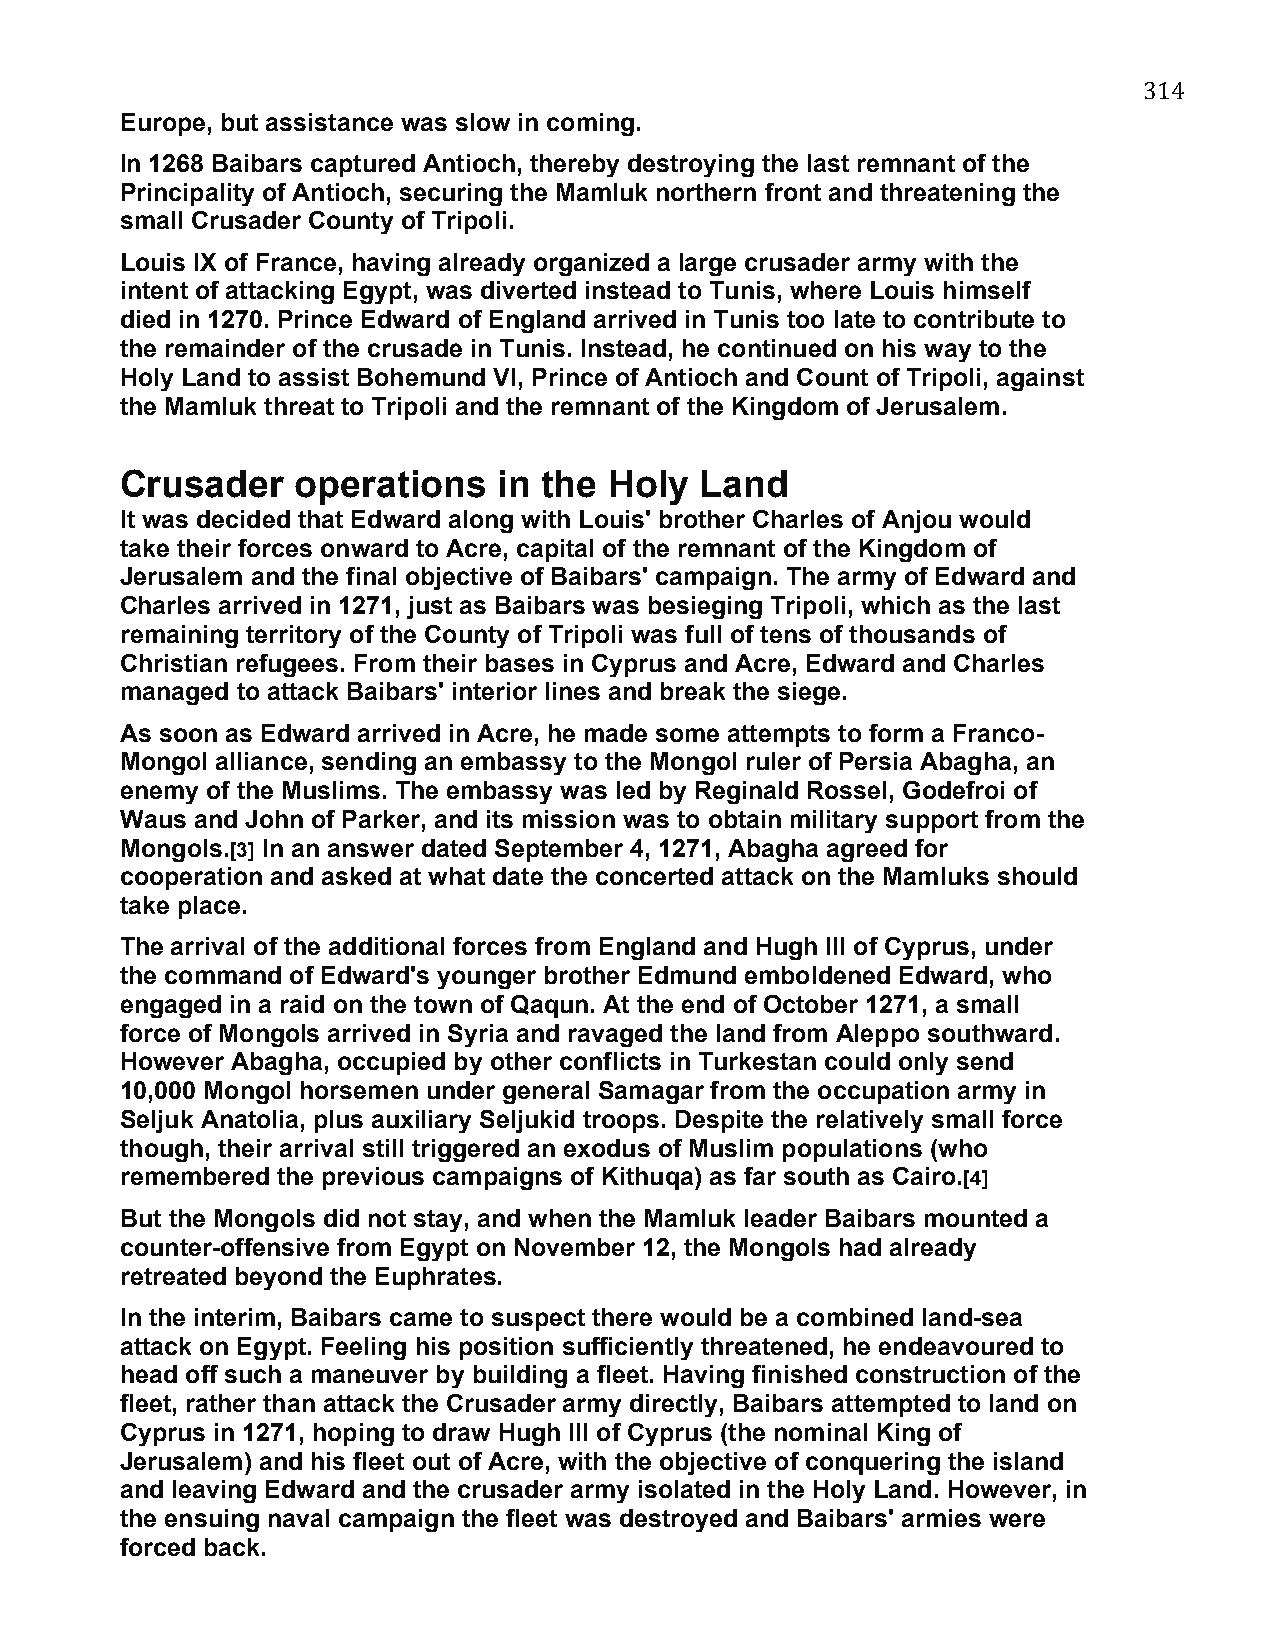
314
 Europe, but assistance was slow in coming.
 In 1268 Baibars captured Antioch, thereby destroying the last remnant of the
 Principality of Antioch, securing the Mamluk northern front and threatening the
 small Crusader County of Tripoli.
 Louis IX of France, having already organized a large crusader army with the
 intent of attacking Egypt, was diverted instead to Tunis, where Louis himself
 died in 1270. Prince Edward of England arrived in Tunis too late to contribute to
 the remainder of the crusade in Tunis. Instead, he continued on his way to the
 Holy Land to assist Bohemund VI, Prince of Antioch and Count of Tripoli, against
 the Mamluk threat to Tripoli and the remnant of the Kingdom of Jerusalem.
 Crusader    operations   in the Holy  Land
 It was decided that Edward along with Louis' brother Charles of Anjou would
 take their forces onward to Acre, capital of the remnant of the Kingdom of
 Jerusalem and the final objective of Baibars' campaign. The army of Edward and
 Charles arrived in 1271, just as Baibars was besieging Tripoli, which as the last
 remaining territory of the County of Tripoli was full of tens of thousands of
 Christian refugees. From their bases in Cyprus and Acre, Edward and Charles
 managed to attack Baibars' interior lines and break the siege.
 As soon as Edward arrived in Acre, he made some attempts to form a Franco-
 Mongol alliance, sending an embassy to the Mongol ruler of Persia Abagha, an
 enemy of the Muslims. The embassy was led by Reginald Rossel, Godefroi of
 Waus and John of Parker, and its mission was to obtain military support from the
 Mongols.[3] In an answer dated September 4, 1271, Abagha agreed for
 cooperation and asked at what date the concerted attack on the Mamluks should
 take place.
 The arrival of the additional forces from England and Hugh III of Cyprus, under
 the command of Edward's younger brother Edmund emboldened Edward, who
 engaged in a raid on the town of Qaqun. At the end of October 1271, a small
 force of Mongols arrived in Syria and ravaged the land from Aleppo southward.
 However Abagha, occupied by other conflicts in Turkestan could only send
 10,000 Mongol horsemen under general Samagar from the occupation army in
 Seljuk Anatolia, plus auxiliary Seljukid troops. Despite the relatively small force
 though, their arrival still triggered an exodus of Muslim populations (who
 remembered the previous campaigns of Kithuqa) as far south as Cairo.[4]
 But the Mongols did not stay, and when the Mamluk leader Baibars mounted a
 counter-offensive from Egypt on November 12, the Mongols had already
 retreated beyond the Euphrates.
 In the interim, Baibars came to suspect there would be a combined land-sea
 attack on Egypt. Feeling his position sufficiently threatened, he endeavoured to
 head off such a maneuver by building a fleet. Having finished construction of the
 fleet, rather than attack the Crusader army directly, Baibars attempted to land on
 Cyprus in 1271, hoping to draw Hugh III of Cyprus (the nominal King of
 Jerusalem) and his fleet out of Acre, with the objective of conquering the island
 and leaving Edward and the crusader army isolated in the Holy Land. However, in
 the ensuing naval campaign the fleet was destroyed and Baibars' armies were
 forced back.